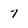
Character: 7